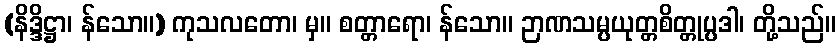
(နိဒ္ဒိဋ္ဌာ၊ န်သော။) ကုသလတော၊ မှ။ စတ္တာရော၊ န်သော။ ဉာဏသမ္ပယုတ္တစိတ္တုပ္ပဒါ၊ တို့သည်။